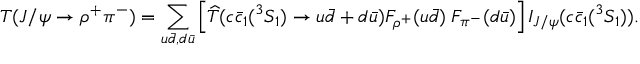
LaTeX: { \cal T } ( J / \psi \to \rho ^ { + } \pi ^ { - } ) = \sum _ { u \bar { d } , d \bar { u } } \left[ \widehat { \cal T } ( c \bar { c } _ { 1 } ( ^ { 3 } S _ { 1 } ) \to u \bar { d } + d \bar { u } ) { \cal F } _ { \rho ^ { + } } ( u \bar { d } ) \; { \cal F } _ { \pi ^ { - } } ( d \bar { u } ) \right] { \cal I } _ { J / \psi } ( c \bar { c } _ { 1 } ( ^ { 3 } S _ { 1 } ) ) .